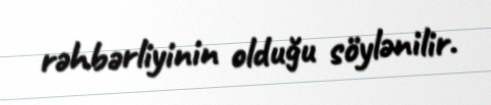
rəhbərliyinin olduğu söylənilir.